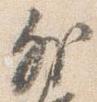
外